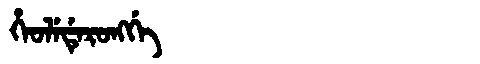
Manchu: ᡥᡝᠣᠯᡝᡩᡝᡵᠣᠩᡤᡝ
Romanization: HEOLEDERONGGE